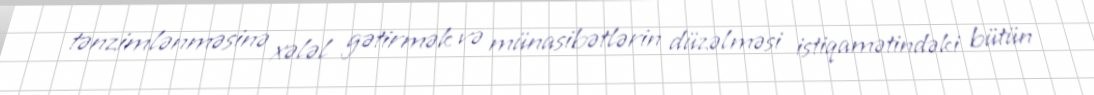
tənzimlənməsinə xələl gətirmək və münasibətlərin düzəlməsi istiqamətindəki bütün